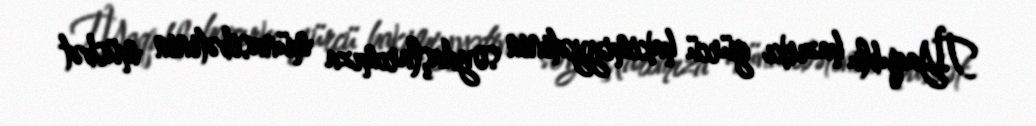
T.Yaqublu hazırkı gürcü hakimiyyətinin soydaşlarımıza münasibətinin müsbət